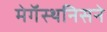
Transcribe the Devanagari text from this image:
मेगॅस्थनिसने